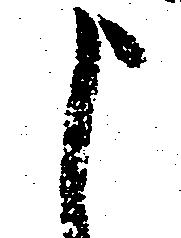
申